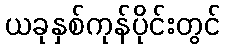
ယခုနှစ်ကုန်ပိုင်းတွင်